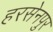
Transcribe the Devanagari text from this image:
हरसेनपुर